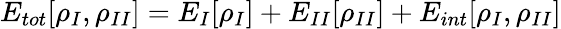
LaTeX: E_{tot}[\rho_{I},\rho_{II}]=E_{I}[\rho_{I}]+E_{II}[\rho_{II}]+E_{int}[\rho_{I},\rho_{II}]